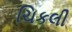
ચિકલી